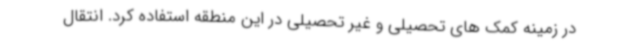
در زمینه کمک های تحصیلی و غیر تحصیلی در این منطقه استفاده کرد. انتقال